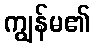
ကျွန်မ၏